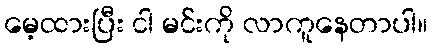
မေ့ထားပြီး ငါ မင်းကို လာကူနေတာပါ။